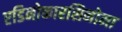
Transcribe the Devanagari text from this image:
एडिनोकारसिनोमा